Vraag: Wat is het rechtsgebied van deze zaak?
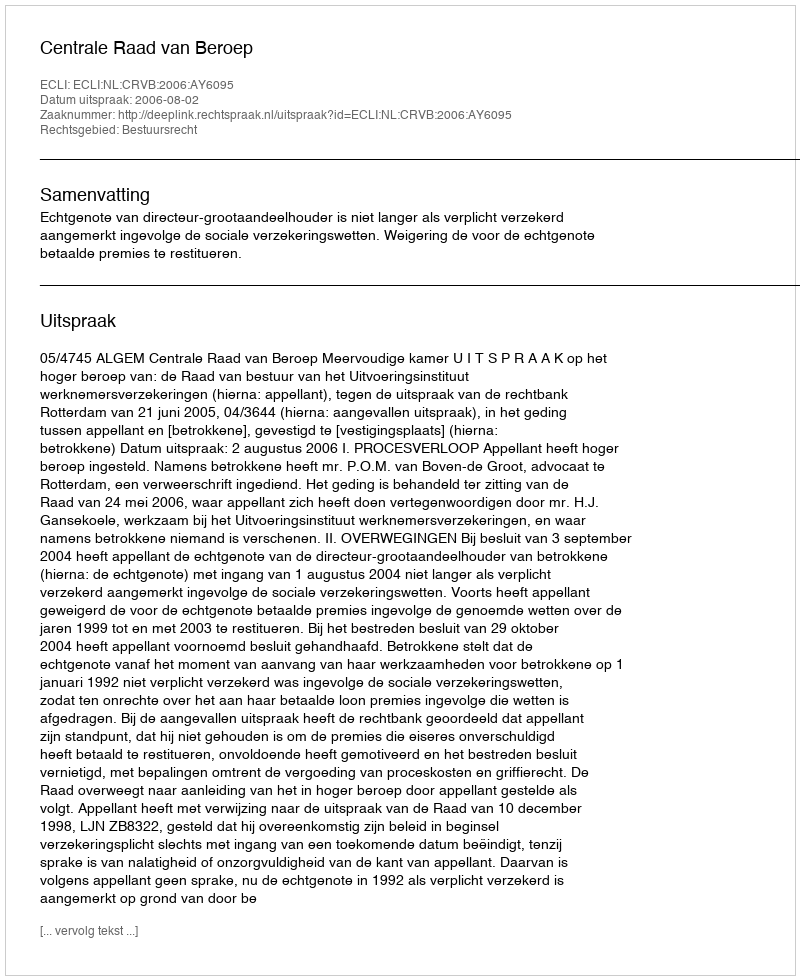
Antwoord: Bestuursrecht